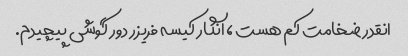
انقدر ضخامت کم هست ، انگار کیسه فریزر دور گوشی پیچیدم.